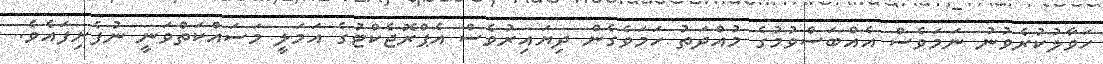
ހަވާލުކުރެވުނު ނަމަވެސް އެއްބަސްވުމުގެ މުއްދަތު ހަމަވެގެން ދިޔައިރުވެސް އެޕްރޮޖެކްޓުގެ އަމަލީ މަސައްކަތްވަނީ ނުފެށިފައެވެ.